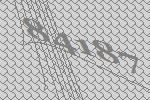
84187